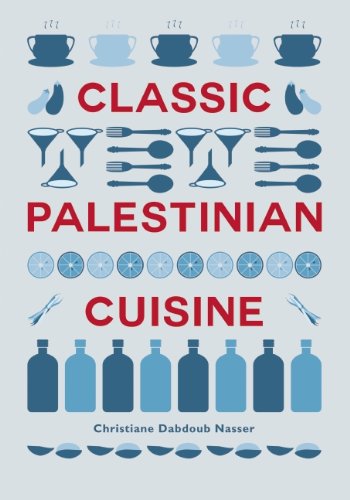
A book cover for Classic Palestinian Cuisine; Christiane Dabdoub Nasser; Cookbooks, Food & Wine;